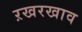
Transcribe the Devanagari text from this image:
ऱखरखाव